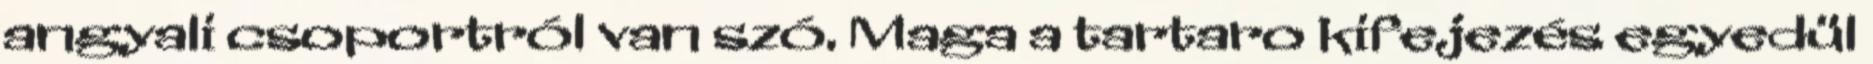
angyali csoportról van szó. Maga a tartaro kifejezés egyedül